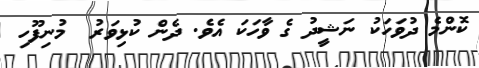
ކޮންމެ ދުވަހަކު ނަޝީދު ގެ ވާހަކަ އެވެ. ދެން ކުޅިވަރު  މުނިފޫހި